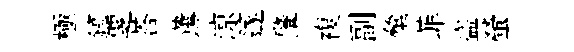
極鎬覂荅薰鿌篴肇複副彙菲盜螢